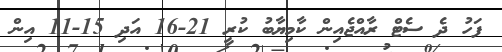
ފަހު ދެ ސެޓް ރާއްޖެއިން ކާމިޔާބު ކުރީ 21-16 އަދި 15-11 އިން